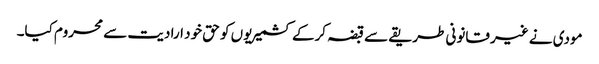
مودی نے غیر قانونی طریقے سے قبضہ کرکے کشمیریوں کو حق خود ارادیت سے محروم کیا۔